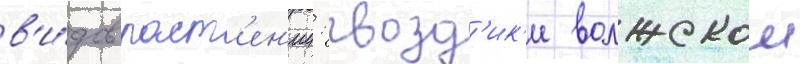
в'и́дов раст'ен'ии: гвозд'ик'и волжскои